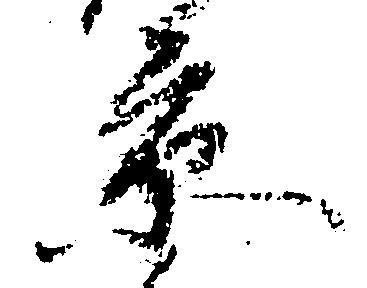
京